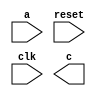
module test(    
    input a,
    input reset,
    input clk,
    output c
);
reg counter;
reg[31:0] matrix[8:0];
reg idx;
always @(posedge clk) begin
    if(reset)
        for(idx =0; idx < 9;idx = idx +1 )begin
            matrix[idx] <= 0;
        end
end

always @(posedge clk) begin
    if(reset)begin
        counter <= 0;
    end
    else begin
        case(a) // put variable a in case statement
            0: counter <= counter + 1;
            1: counter <= counter - 1;
            default: counter <= 0;
        endcase
    end
end
endmodule